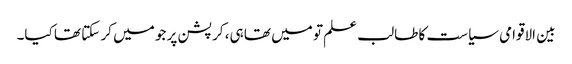
بین الاقوامی سیاست کا طالب علم تو میں تھا ہی، کرپشن پر جو میں کر سکتا تھا کیا۔